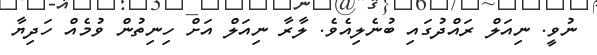
ނުވީ. ނިއަލް ރައްދުގައި ބުނެލިއެވެ. ލާރާ ނިއަލް އަށް ހިނިތުން ވުމެއް ހަދިޔާ